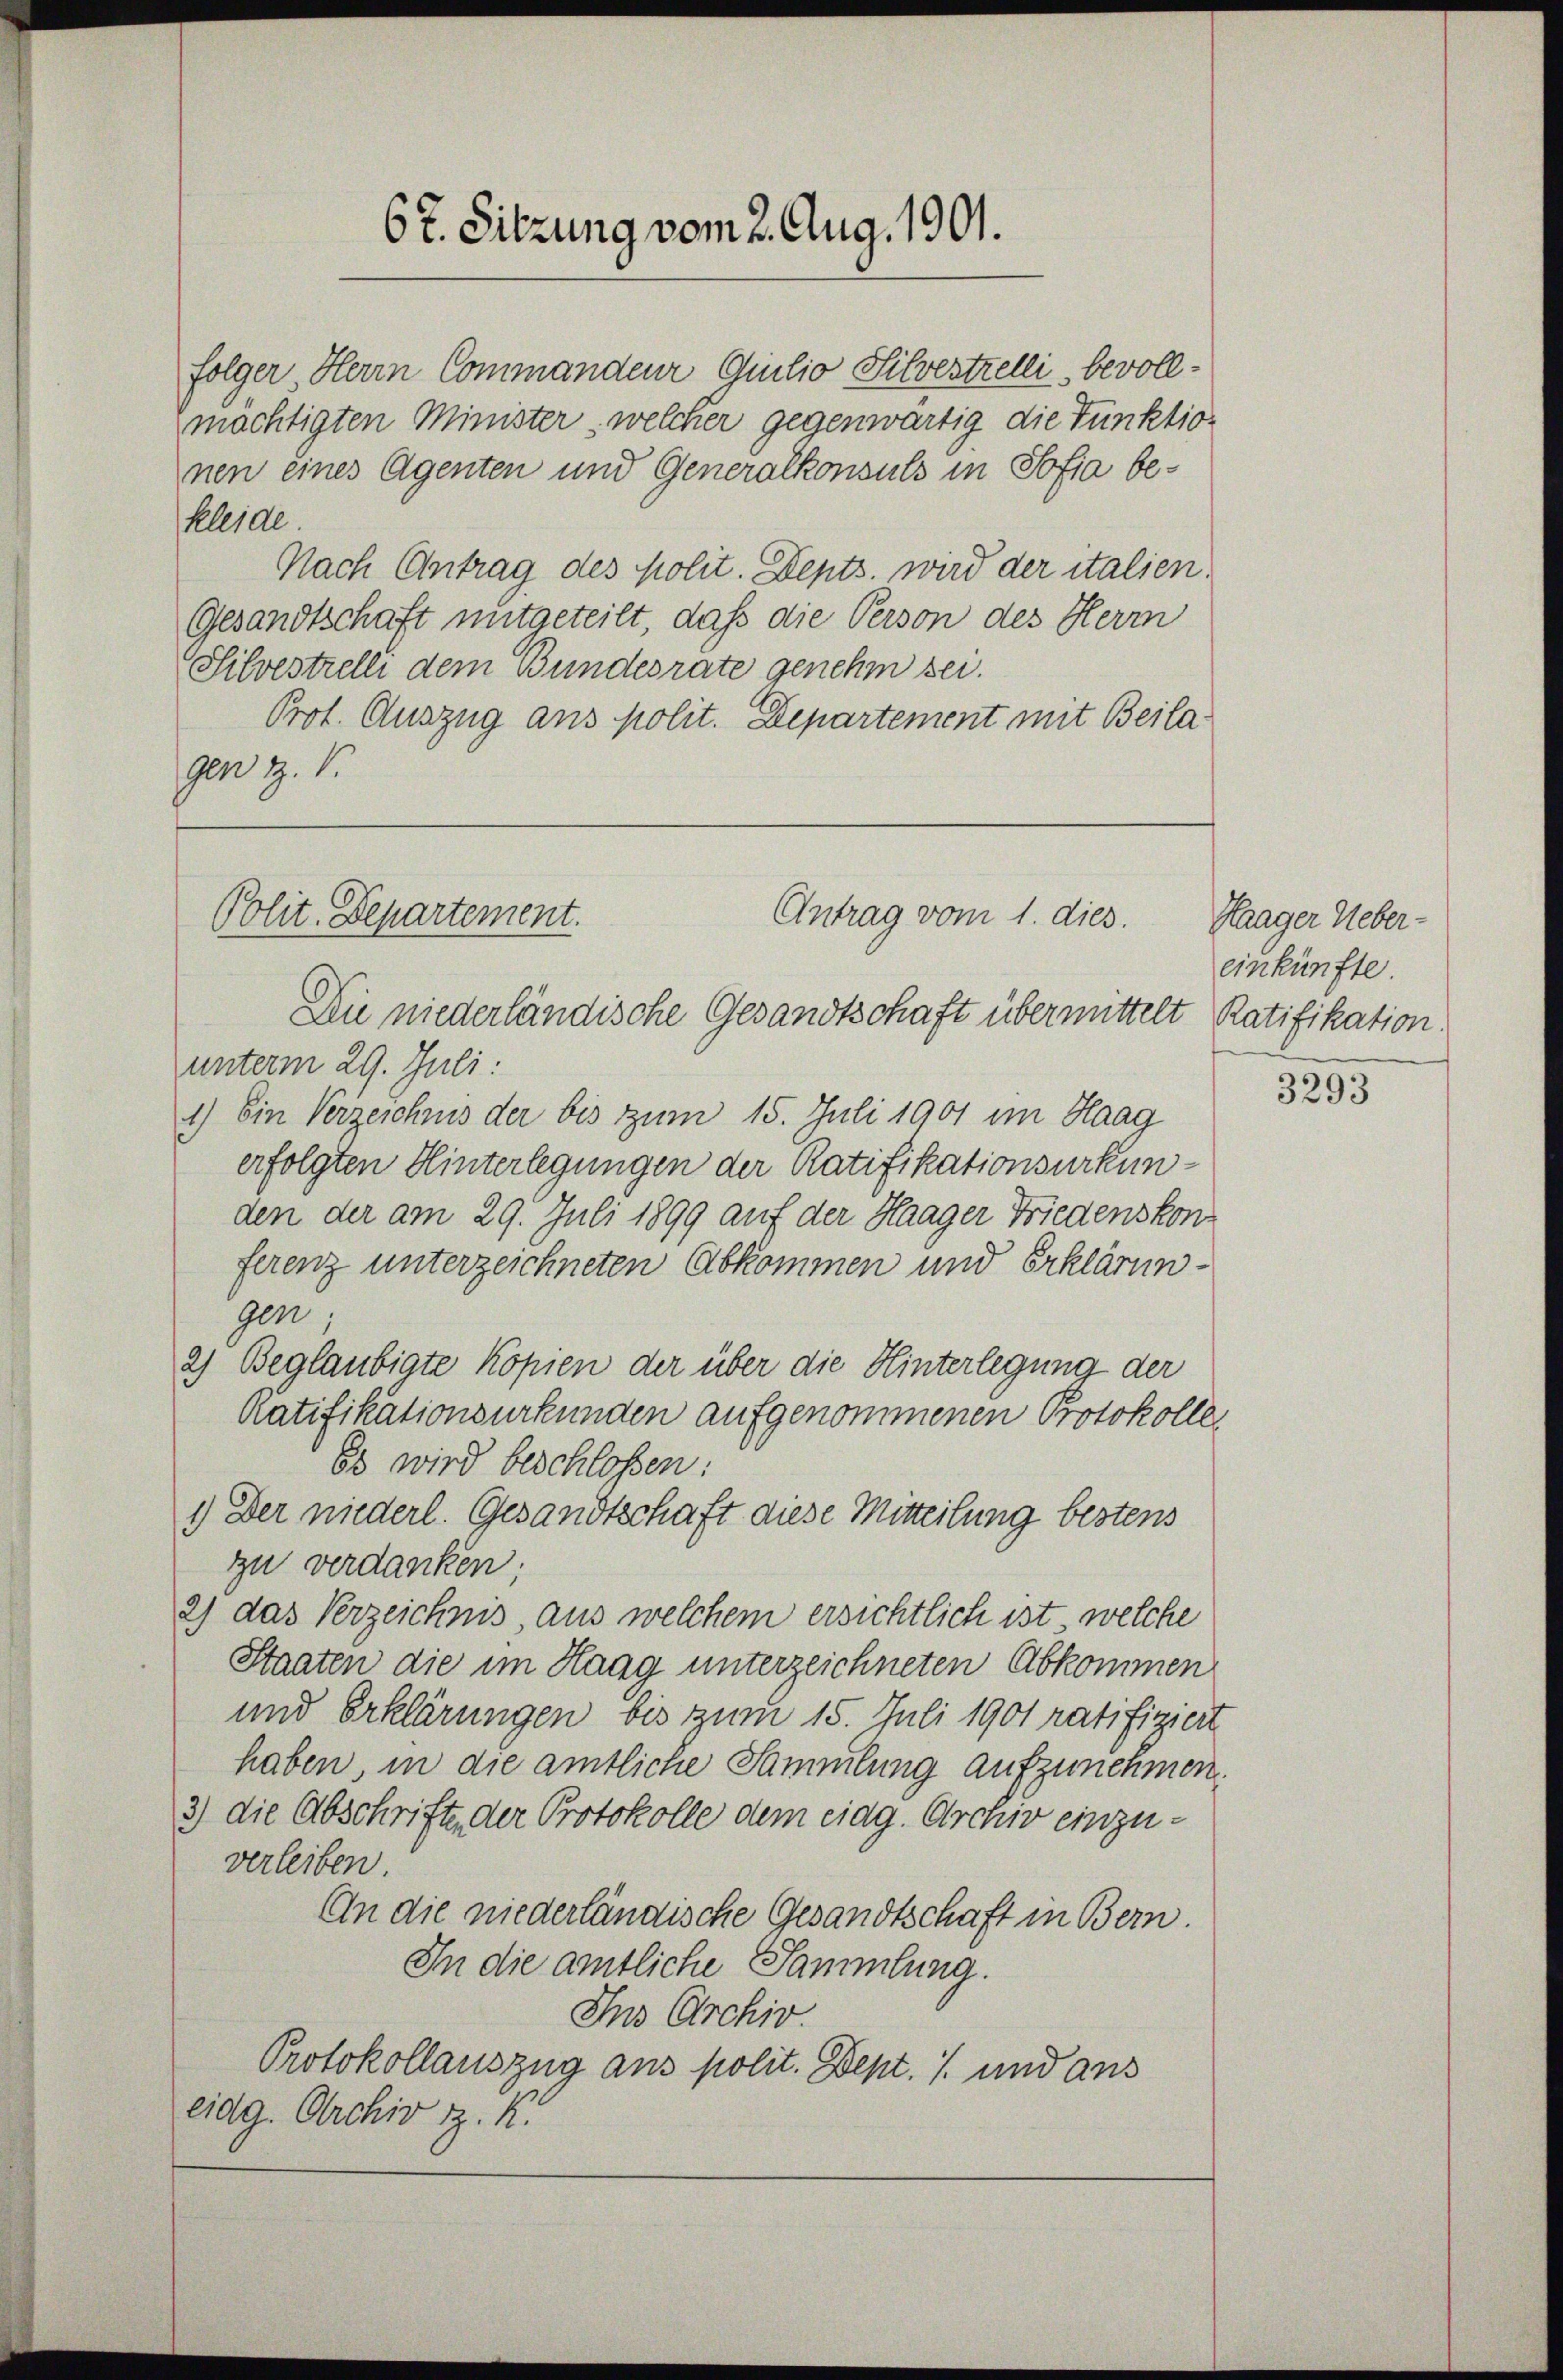
kleide.
Nach Antrag des polit. Depts. wird der italien¬
Gesandtschaft mitgeteilt, daß die Person des Herm
Silvestrelli dem Bundesräte genehm sei.
Prot. Auszug aus polit. Departement mit Beilagen z.

6 t. Sitzung vom 2. Aug. 1901.

Antrag vom 1. dies.
Polit. Departement.
Die niederländische Gesandtschaft übermittelt Ratifikation

folger Herrn Commandeur Quilio Silvestzelli, bevollmächtigten Minister welcher gegenwärtig die Tunktion
nen eines Agenten und Generalkonsuls in Sofia be¬

unterm 29. Juli:
1.) Ein Verzeichnis der bis zum 15. Juli 1901 im Haag
erfolgten Hinterlegungen der Ratifikationsurkunden der am 29. Juli 1899 auf der Haager Friedenskons
ferenz unterzeichneten Abkommen und Erklärungen;
2) Beglaubigte Kopien der über die Hinterlegung der
Ratifikationsurkunden aufgenommenen Protokolle,
Es wird beschlossen:
1) Der niederl. Gesandtschaft diese Mitteilung bestens
zu verdanken;
2) das Verzeichnis aus welchem ersichtlich ist, welche
Staaten die im Haag unterzeichneten Abkommen
und Erklärungen bis zum 15. Juli 1901 ratifiziert
haben, in die amtliche Sammlung aufzunehmen.
3) die Abschrifte der Protokolle dem eidg. Archiv einzuverleiben.
An die niederländische Gesandtschaft in Bern.
In die amtliche Sammlung.
Ins Archiv.
Protokollauszug aus polit. Dept. 1 und aus
eidg. Archiv z. K.

Haager Ueber-
einkünfte.

3293